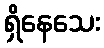
ရှိနေသေး